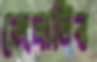
জেলাটির